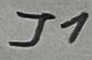
Text: J1